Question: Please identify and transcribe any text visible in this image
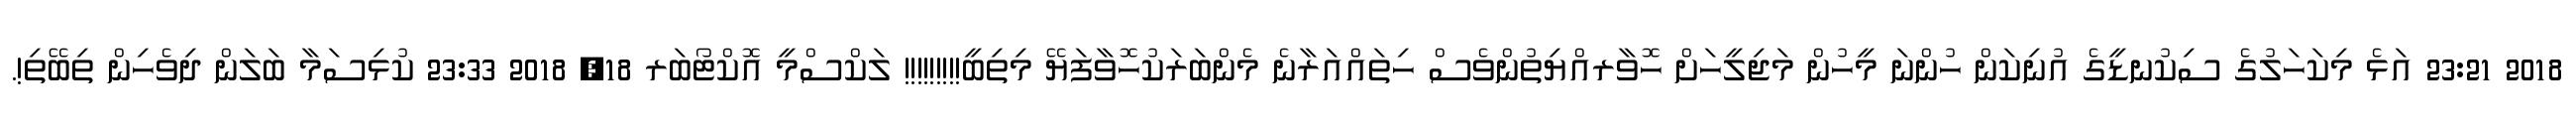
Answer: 2018 23:21 އަޅެ މިކަހަލުގެ ސިކުނޑީގެ އުނިކަން ހުންނަ މީހުން މަޖިލީހަށް ހޮވާރއްޔިތުންވެސް ހިތައްއަރާނެ މެންބަރަކުހޮވާފަޔޭ މިތިބީ!!!!!!!!! ލަކްސްމީ އޮކްޓޯބަރ 18, 2018 23:33 ކުޅިސަމާ ބަލަން ދިވެހިން ތިބޭތި!.